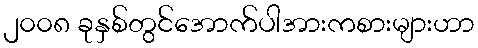
၂၀၀၈ ခုနှစ်တွင်အောက်ပါအားကစားများဟာ